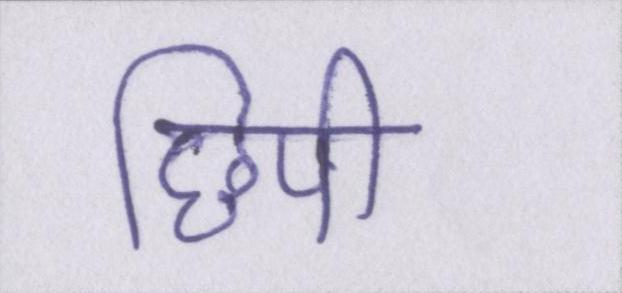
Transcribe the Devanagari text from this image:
छिपी